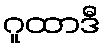
ဂူထာဒီ